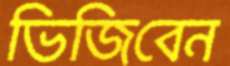
ভিজিবেন